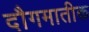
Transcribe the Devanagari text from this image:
दौगमातीक